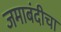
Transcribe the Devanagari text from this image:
जमाबंदीचा